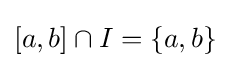
\left[a,b\right]\cap I=\left\lbrace a,b\right\rbrace